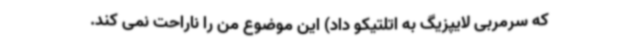
که سرمربی لایپزیگ به اتلتیکو داد) این موضوع من را ناراحت نمی کند.